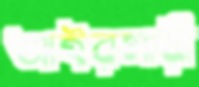
আইরমারী